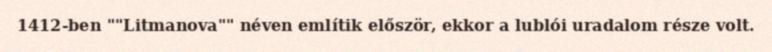
1412-ben ""Litmanova"" néven említik először, ekkor a lublói uradalom része volt.